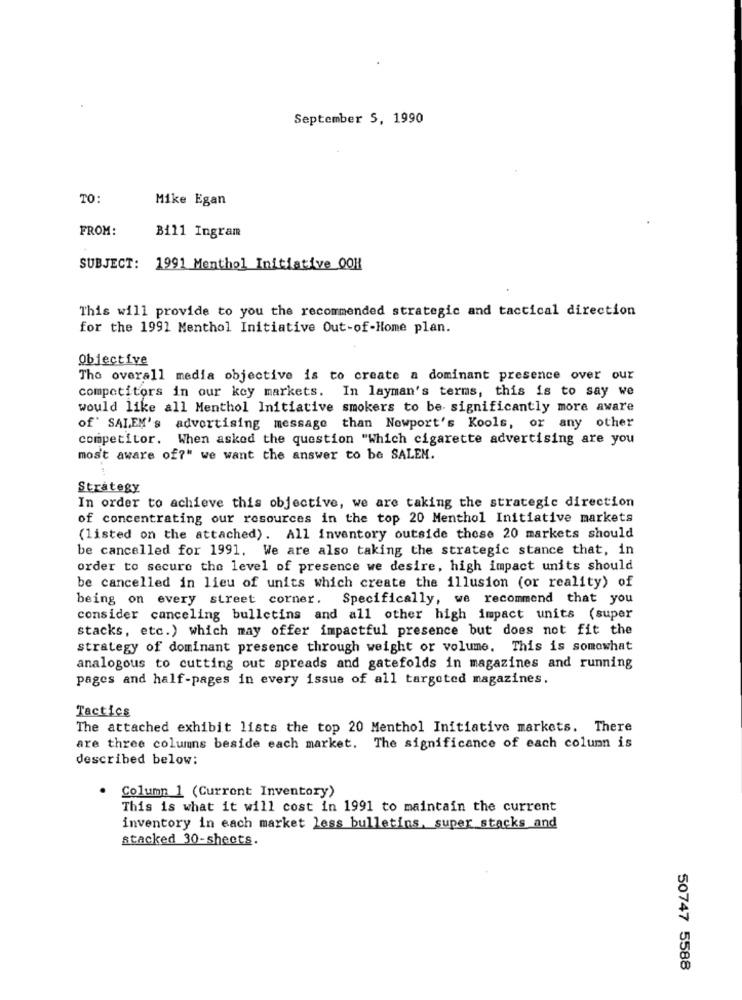
September 5, 1990
TO:
Mike Egan
FROM:
Bill Ingram
SUBJECT: 1991 Menthol Initiative QOH
This will provide to you the recommended strategic and tactical direction
for the 1991 Menthol Initiative Out-of-Home plan.
Objective
The overall media objective is to create a dominant presence over our
competitors in our key markets. In layman's terms, this is to say we
would like all Menthol Initiative smokers to be significantly more aware
of' SALEN's advertising message than Newport's Kools, or any other
competitor. When asked the question "which cigarette advertising are you
mos't aware of?" we want the answer to be SALEN.
Strategy
In order to achieve this objective, we are taking the strategic direction
of concentrating our resources in the top 20 Menthol Initiative markets
(listed on the attached). All inventory outside these 20 markets should
be cancelled for 1991. We are also taking the strategic stance that, in
order to secure the level of presence we desire, high impact units should
be cancelled in lieu of units which create the illusion (or reality) of
being on every street corner. Specifically, we recommend that you
consider canceling bulletins and all other high impact units (super
stacks, etc.) which may offer impactful presence but does not fit the
strategy of dominant presence through weight or volume. This is somewhat
analogous to cutting out spreads and gatefolds in magazines and running
pages and half-pages in every issue of all targeted magazines.
Tactics
The attached exhibit lists the top 20 Menthol Initiative markets. There
are three columns beside each market. The significance of each column is
described below:
.
Column 1 (Current Inventory)
This is what it will cost in 1991 to maintain the current
inventory in each market less bulletins, super stacks and
stacked 30-sheets.
50747 5588